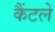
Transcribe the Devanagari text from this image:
कैंटले